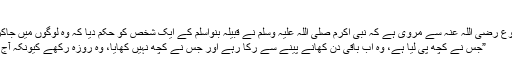
“ (مسلم؛۲۶۶۱)
حضرت سلمہ بن اکوع رضی اللہ عنہ سے مروی ہے کہ نبی اکرم صلی اللہ علیہ وسلم نے قبیلہ بنواسلم کے ایک شخص کو حکم دیا کہ وہ لوگوں میں جاکر یہ اعلان کرے کہ
”جس نے کچھ پی لیا ہے، وہ اب باقی دن کھانے پینے سے رکا رہے اور جس نے کچھ نہیں کھایا، وہ روزہ رکھے کیونکہ آج عاشوراء کا دن ہے۔